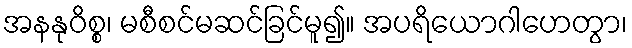
အနနုဝိစ္စ၊ မစီစင်မဆင်ခြင်မူ၍။ အပရိယောဂါဟေတွာ၊